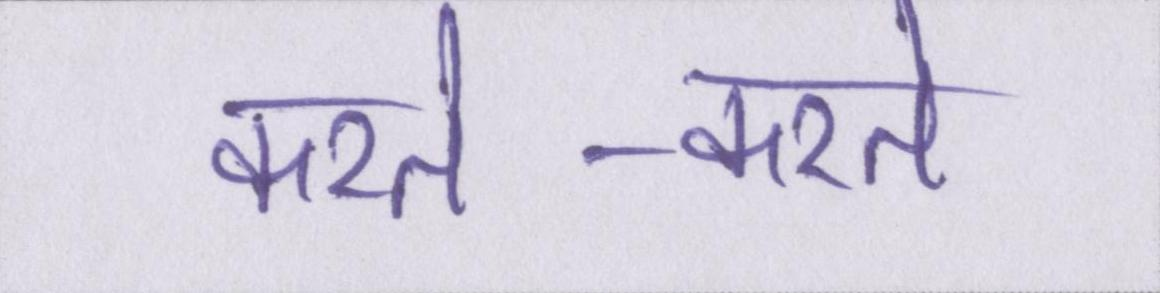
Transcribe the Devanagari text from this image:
करते-करते